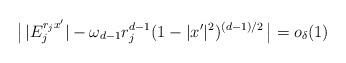
LaTeX: \begin{align*} \big|\,|E_j^{r_j x'}| - \omega_{d-1}r_j^{d-1} (1-|x'|^2)^{(d-1)/2}\,\big| =o_\delta(1)\end{align*}